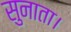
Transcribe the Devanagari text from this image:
सुनाता।